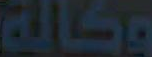
وكالة